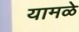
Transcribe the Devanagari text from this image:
यामळे